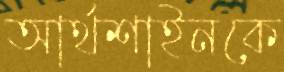
আর্থশাইনকে